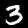
Label: 3